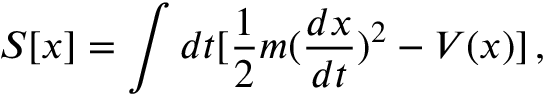
S [ x ] = \int d t [ \frac { 1 } { 2 } m ( \frac { d x } { d t } ) ^ { 2 } - V ( x ) ] \, ,